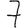
Digit: 7